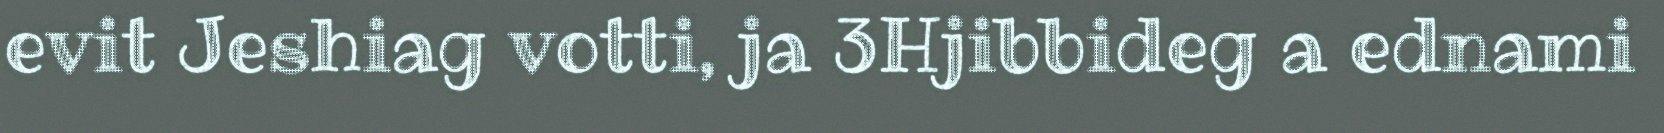
evit Jeshiag votti, ja 3Hjibbideg a ednami